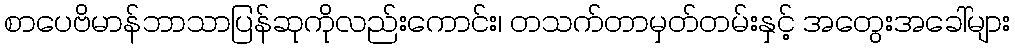
စာပေဗိမာန်ဘာသာပြန်ဆုကိုလည်းကောင်း၊ တသက်တာမှတ်တမ်းနှင့် အတွေးအခေါ်များ